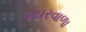
મઘરવાળા